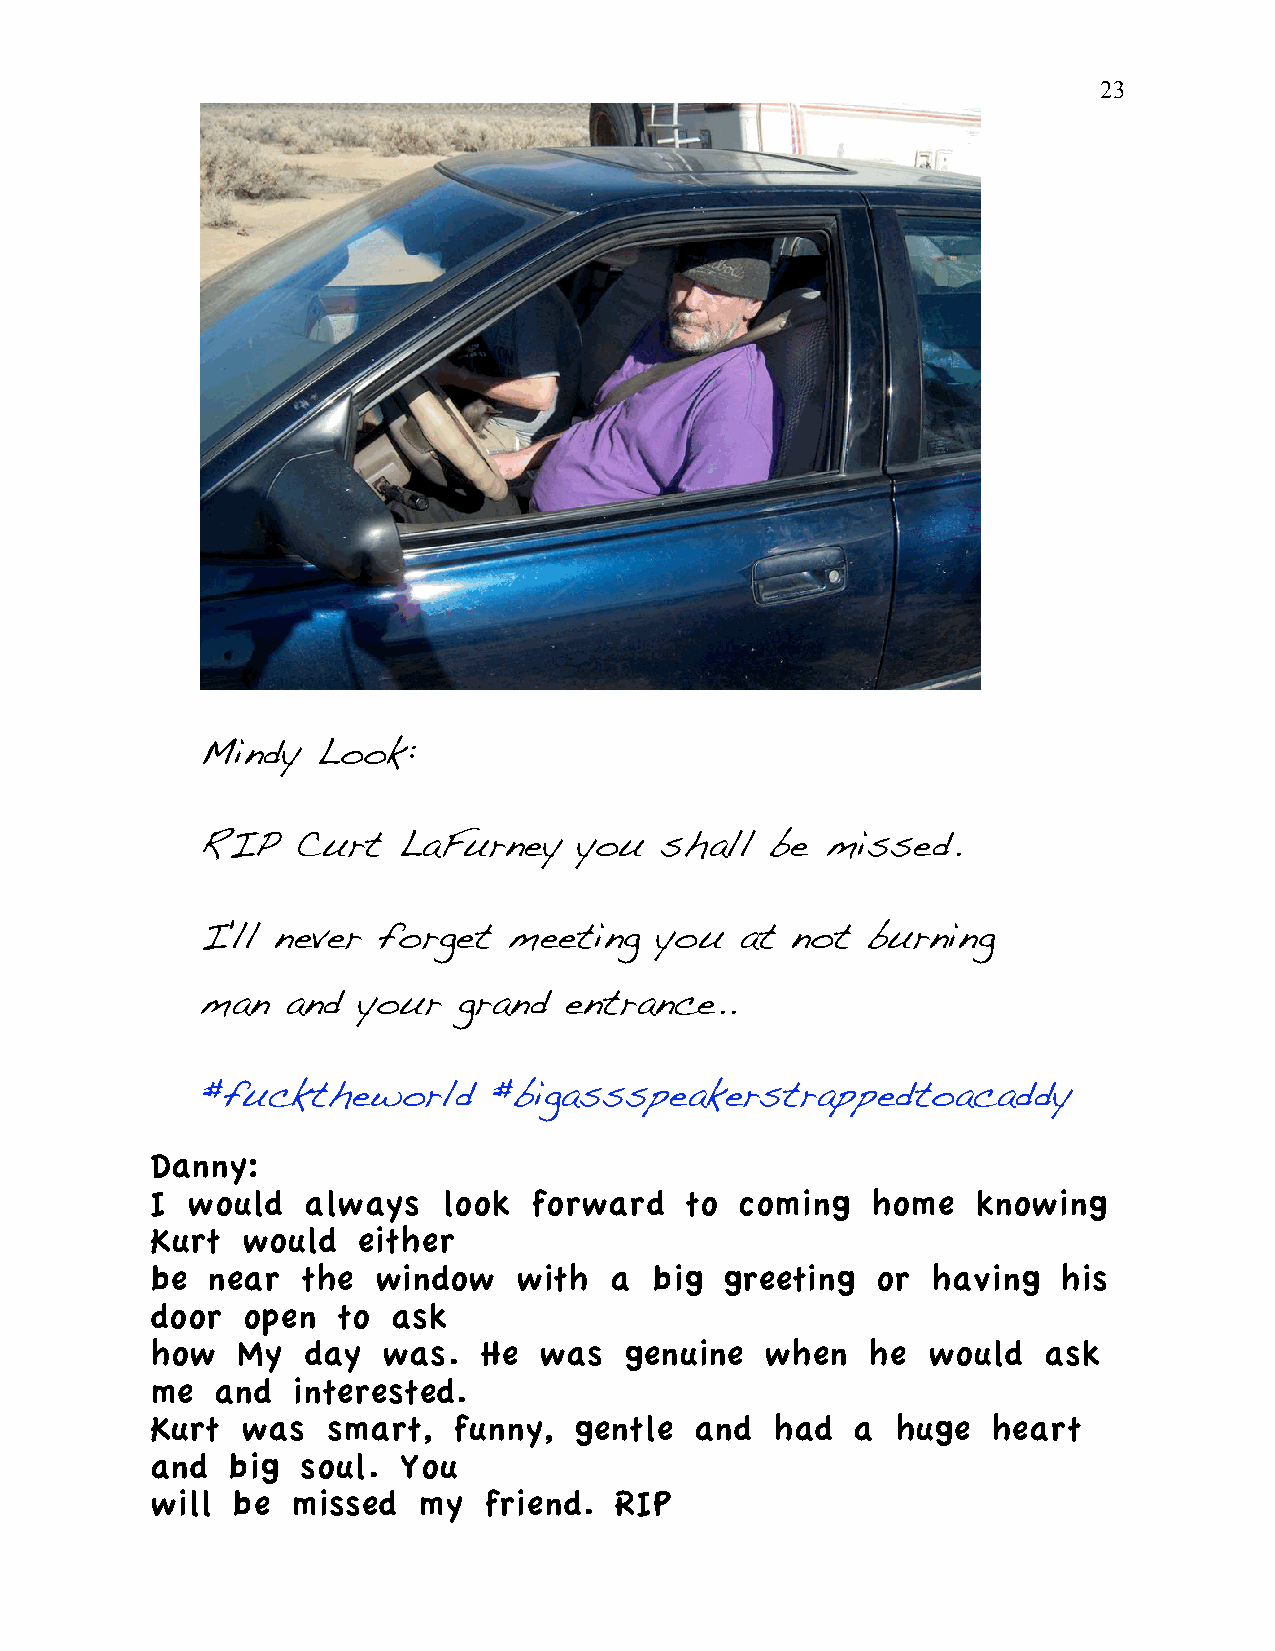
23
 Mindy   Look:
 RIP    Curt  LaFurney    you   shall  be  missed.
 I'll never  forget   meeting  you   at not  burning
 man   and  your  grand  entrance..
 #fucktheworld      #bigassspeakerstrappedtoacaddy
 Danny:
 I would   always   look  forward   to  coming   home   knowing
 Kurt  would   either
 be  near  the  window   with  a  big  greeting  or  having  his
 door  open  to  ask
 how   My  day  was.   He  was  genuine   when   he would   ask
 me  and  interested.
 Kurt  was   smart,  funny,  gentle  and  had   a huge   heart
 and  big  soul.  You
 will be  missed   my  friend.  RIP